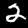
Label: 2